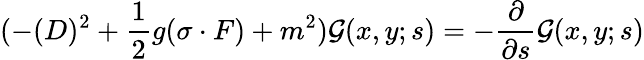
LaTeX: (-(D)^{2}+\frac{1}{2}g(\sigma\cdot F)+m^{2}){\cal G}(x,y;s)=-\frac{\partial}{\partial s}{\cal G}(x,y;s)